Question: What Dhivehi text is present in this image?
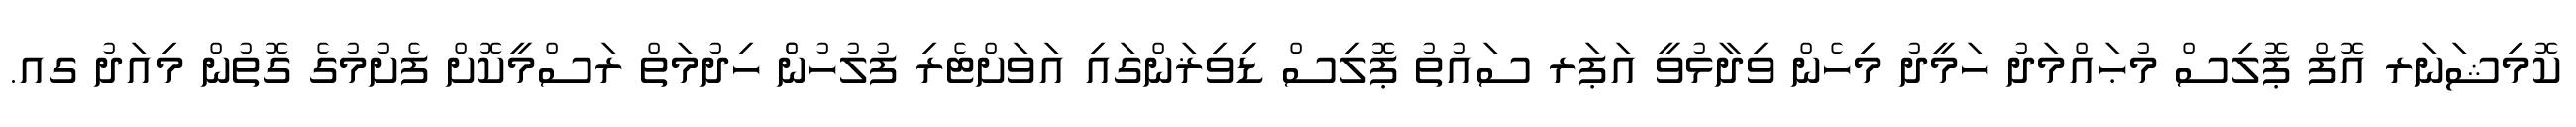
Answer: ކޮމިޝަނަރ އޮފް ޕޮލިސް މުޙައްމަދު ހަމީދު މިހެން ވިދާޅުވީ އަޕަރ ސައުތު ޕޮލިސް ޑިވިޜަންގައި އަވަށްޓެރި ފުލުހުންެ ހިދުމަތް ރަސްމީކޮށް ފެށުމުގެ ގޮތުން މިއަދު ގއ.